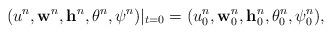
LaTeX: \begin{align*}(u^n,\mathbf{w}^n,\mathbf{h}^n,\theta^n,\psi^n)|_{t=0}=(u_0^n,\mathbf{w}_0^n,\mathbf{h}_0^n,\theta_0^n,\psi_0^n),\end{align*}